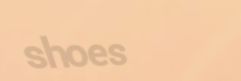
shoes